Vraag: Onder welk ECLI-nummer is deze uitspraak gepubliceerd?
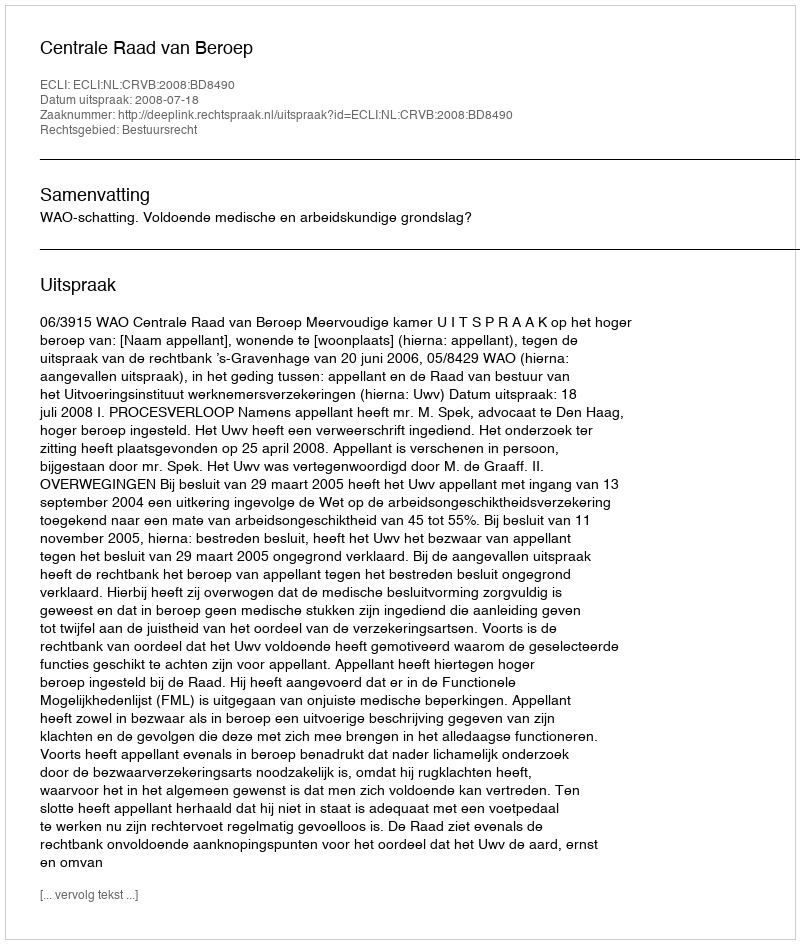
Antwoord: ECLI:NL:CRVB:2008:BD8490